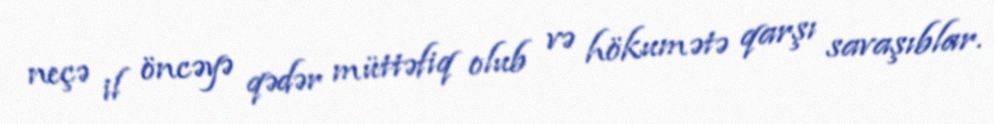
neçə il öncəyə qədər müttəfiq olub və hökumətə qarşı savaşıblar.